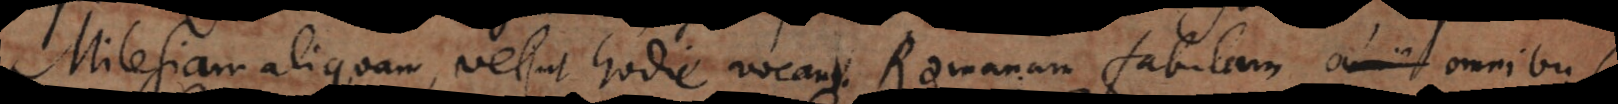
Milesiam aliquam, vel ut hodie vocant Romanam fabulam omnibus